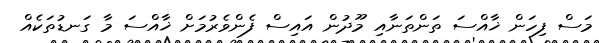
މަސް ފިހަން ޚާއްސަ ތަންތަނާއި މޫދުން އައިސް ފެންވެރުމަށް ޚާއްސަ މާ ގަނޑުތަކެއް